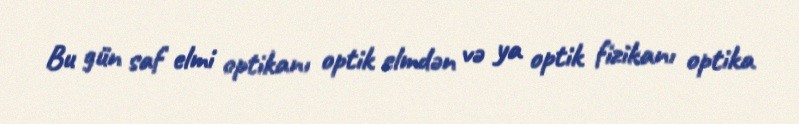
Bu gün saf elmi optikanı optik elmdən və ya optik fizikanı optika